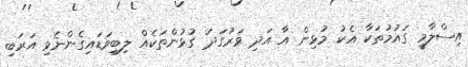
އިސްލާމީ ގައުމުތަކާ އެކު މުޅިން އާ އަދި ވަރުގަދަ ގުޅުންތަކެއް ލިބިވަޑައިގެންނެވި އަރަބި